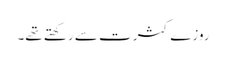
روزے کثرت سے رکھتے تھے۔